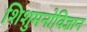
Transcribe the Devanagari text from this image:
शिशुमनोविज्ञान